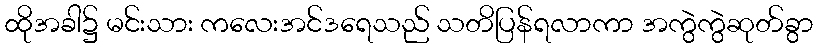
ထိုအခါ၌ မင်းသား ကလေးအင်ဒရေသည် သတိပြန်ရလာကာ အကွဲကွဲဆုတ်ခွာ